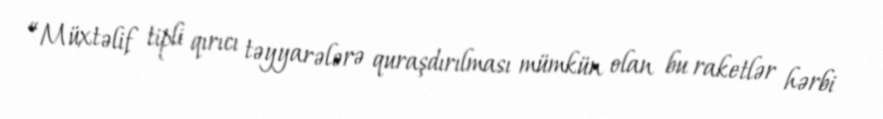
“Müxtəlif tipli qırıcı təyyarələrə quraşdırılması mümkün olan bu raketlər hərbi